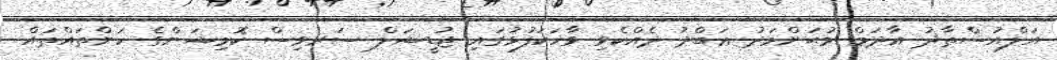
އަލްއުސްތާޛު އާދަމް މުޙަންމަދު ޢަބްދު ދެއްކެވި ވާހަކަފުޅުގައި ޖުޑީޝަލް ސަރވިސް ކޮމިޝަންގެ ކަންތައްތައް